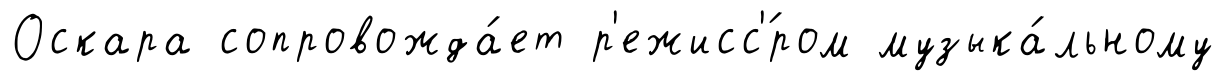
Оскара сопровожда́ет р'ежисс'́ром музыка́льному